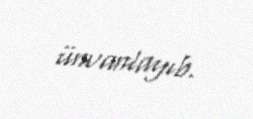
ünvanlayıb.